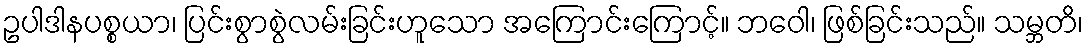
ဥပါဒါနပစ္စယာ၊ ပြင်းစွာစွဲလမ်းခြင်းဟူသော အကြောင်းကြောင့်။ ဘဝေါ၊ ဖြစ်ခြင်းသည်။ သမ္ဘတိ၊